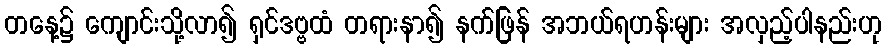
တနေ့၌ ကျောင်းသို့လာ၍ ရှင်ဒဗ္ဗထံ တရားနာ၍ နက်ဖြန် အဘယ်ရဟန်းများ အလှည့်ပါနည်းဟု